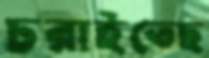
চরাইতেছ